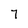
Character: 7